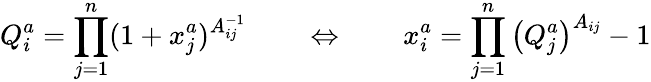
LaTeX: Q_{i}^{a}=\prod_{j=1}^{n}(1+x_{j}^{a})^{A_{ij}^{-1}}\qquad\Leftrightarrow\qquad x_{i}^{a}=\prod_{j=1}^{n}\left(Q_{j}^{a}\right)^{A_{ij}}-1